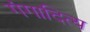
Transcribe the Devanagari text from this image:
गंगादित्य